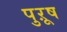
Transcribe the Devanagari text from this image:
पुऱूष